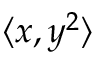
\langle x , y ^ { 2 } \rangle